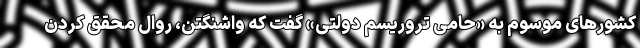
کشورهای موسوم به «حامی تروریسم دولتی» گفت که واشنگتن، روال محقق کردن